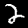
Digit: 2